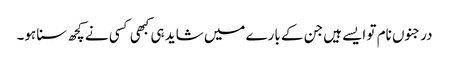
درجنوں نام تو ایسے ہیں جن کے بارے میں شاید ہی کبھی کسی نے کچھ سنا ہو۔